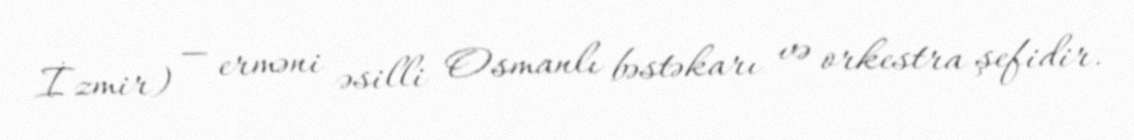
İzmir) — erməni əsilli Osmanlı bəstəkarı və orkestra şefidir.